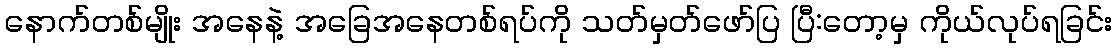
နောက်တစ်မျိုး အနေနဲ့ အခြေအနေတစ်ရပ်ကို သတ်မှတ်ဖော်ပြ ပြီ:တော့မှ ကိုယ်လုပ်ရခြင်း